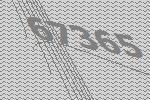
67365